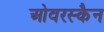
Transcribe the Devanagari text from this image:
ओवरस्कैन